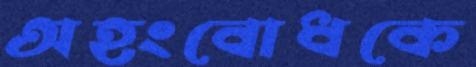
অহংবোধকে